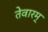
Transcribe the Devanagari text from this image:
तेवारम्‌